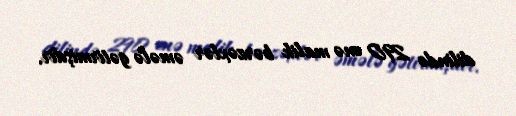
dilində 290 enə malik bərzəxlər əmələ gətirmişdir.